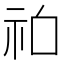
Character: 𱵆